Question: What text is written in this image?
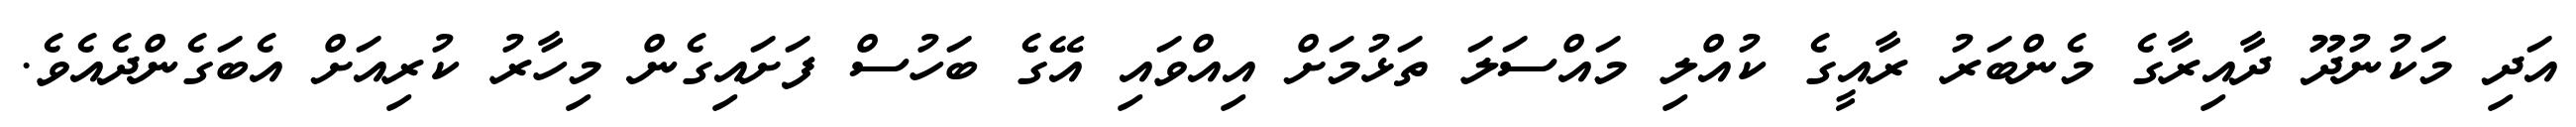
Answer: އަދި މަކުނުދޫ ދާއިރާގެ މެންބަރު ރާއީގެ ކުއްލި މައްސަލަ ތަޅުމަށް އިއްވައި އޭގެ ބަހުސް ފަށައިގެން މިހާރު ކުރިއަށް އެބަގެންދެއެވެ.